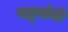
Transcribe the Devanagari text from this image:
गद्र्‍यांनी